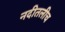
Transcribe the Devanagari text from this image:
नदीतलीच